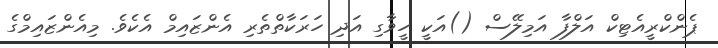
ޕެންކްރީއެޓިކް އަލްފާ އަމިލޭސް ()އަކީ ހީވާގި އަދި ހަރަކާތްތެރި އެންޒައިމް އެކެވެ. މިއެންޒައިމްގެ